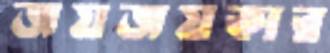
জয়জয়কার